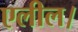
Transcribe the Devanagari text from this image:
एलील।